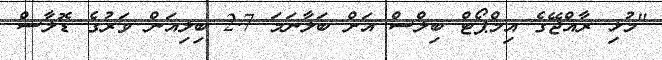
"މުޅި ރާއްޖޭގެ އިމްޕޯޓް ބިލްސް އަށް ބަލާނަމަ 2.7 ބިލިއަން ވަރުގެ ޑޮލާސް